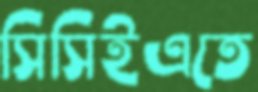
সিসিইএতে